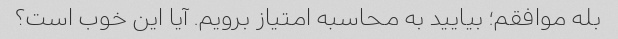
بله موافقم؛ بیایید به محاسبه امتیاز برویم. آیا این خوب است؟